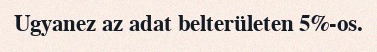
Ugyanez az adat belterületen 5%-os.